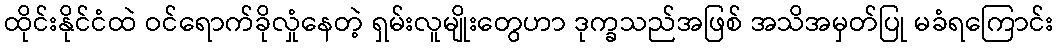
ထိုင်းနိုင်ငံထဲ ဝင်ရောက်ခိုလှုံနေတဲ့ ရှမ်းလူမျိုးတွေဟာ ဒုက္ခသည်အဖြစ် အသိအမှတ်ပြု မခံရကြောင်း